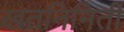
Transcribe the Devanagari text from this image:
खतनिमिर्ती